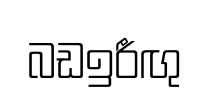
බඩඉරීඟු